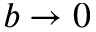
b \to 0